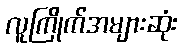
လူကြိုက်အများဆုံး